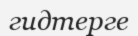
гидтерге